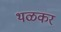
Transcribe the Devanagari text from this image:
थळकर